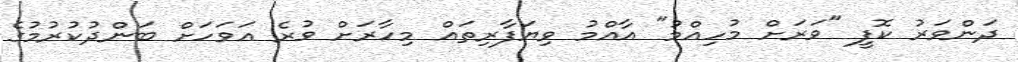
ދަންވަރު ކޮފީ "ވަރަށް މުހިއްމު" އާއްމު ވިޔަފާރިތައް މިހާރަށް ވުރެ އަވަހަށް ބަންދުކުރުމުގެ